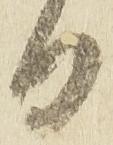
日